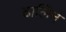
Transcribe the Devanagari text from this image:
ढालिन